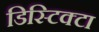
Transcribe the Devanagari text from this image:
डिस्टिक्टा